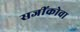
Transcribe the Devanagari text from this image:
सजींकोवा